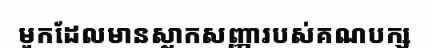
មួកដែលមានស្លាកសញ្ញារបស់គណបក្ស